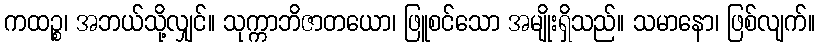
ကထဉ္စ၊ အဘယ်သို့လျှင်။ သုက္ကာဘိဇာတယော၊ ဖြူစင်သော အမျိုးရှိသည်။ သမာနော၊ ဖြစ်လျက်။